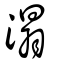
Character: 溻